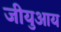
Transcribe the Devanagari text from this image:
जीयुआय